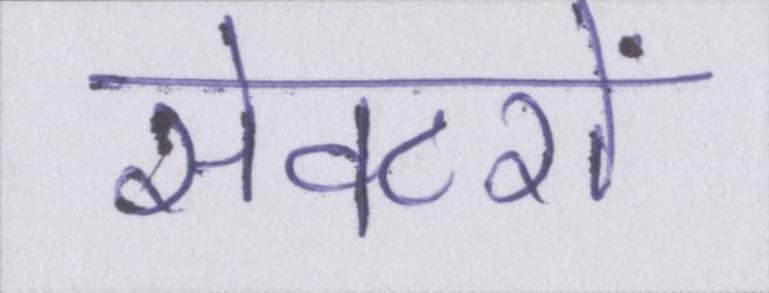
सेक्टरों